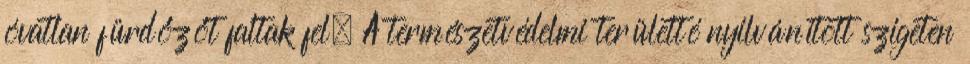
óvatlan fürdőzőt faltak fel. A természetvédelmi területté nyilvánított szigeten